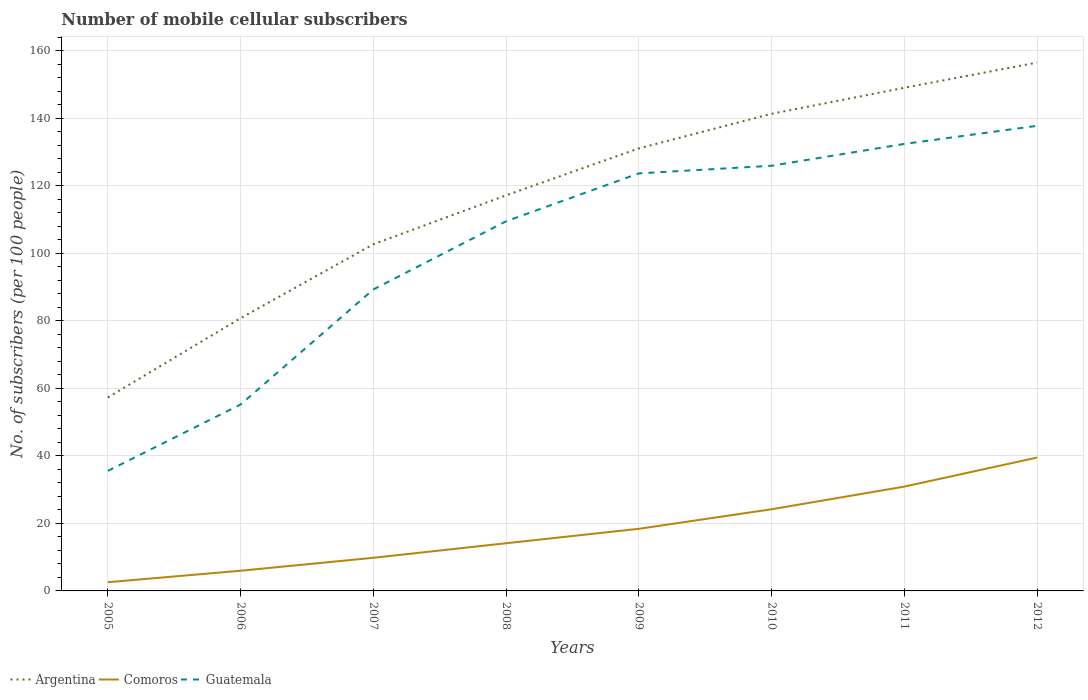
| Years | Argentina | Comoros | Guatemala |
 | --- | --- | --- | --- |
 | 2005 | 57.3 | 2.58 | 35.6 |
 | 2006 | 80.8 | 5.98 | 55.2 |
 | 2007 | 103 | 9.82 | 89.3 |
 | 2008 | 117 | 14.1 | 110 |
 | 2009 | 131 | 18.4 | 124 |
 | 2010 | 141 | 24.2 | 126 |
 | 2011 | 149 | 30.9 | 132 |
 | 2012 | 157 | 39.5 | 138 |